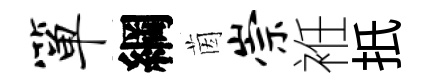
箪綱茵崇袵扺